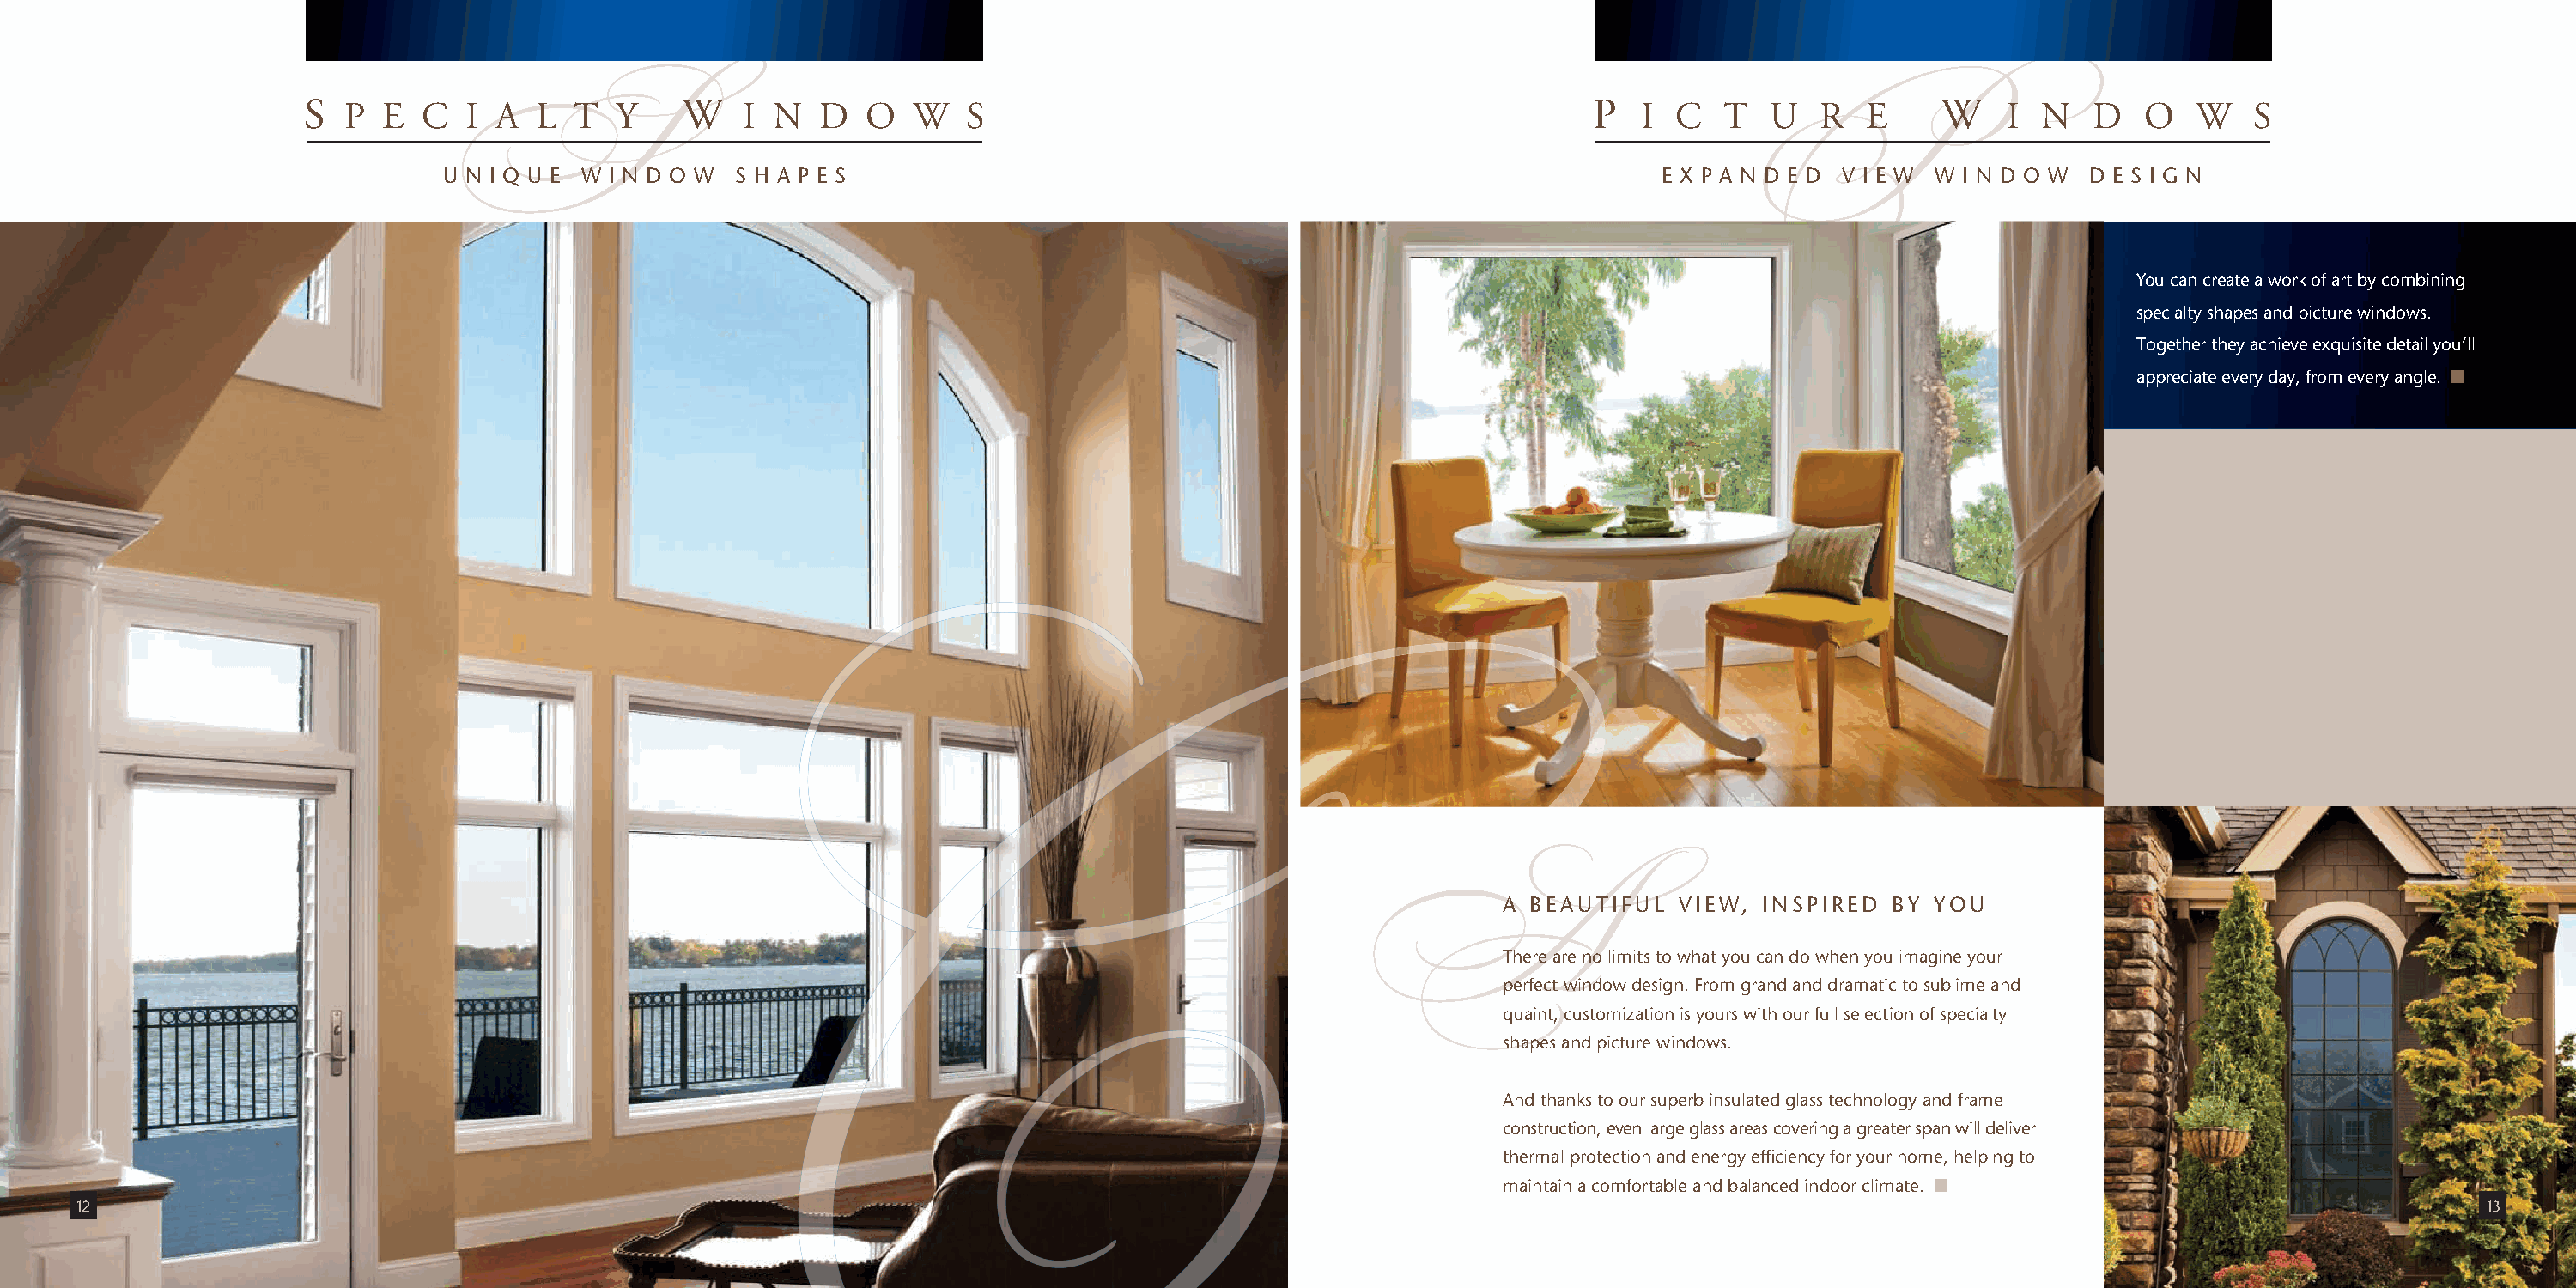
S   P E   C  I A  L  T  Y     W   I  N  D   O  W    S                                               P   I C   T  U   R   E     W    I N   D   O   W    S
 U N I Q U E W I N D O W S H A P E S                                                           E X P A N D E D V I E W W I N D O W D E S I G N
 S
 P
 You can create a work of art by combining
 specialty shapes and picture windows.
 Together they achieve exquisite detail you’ll
 appreciate every day, from every angle.
 A BEAUTIFUL  VIEW,  INSPIRED  BY YOU
 There are no limits to what you can do when you imagine your
 Aperfect        window design. From grand and dramatic to sublime and
 quaint, customization is yours with our full selection of specialty
 shapes and picture windows.
 And thanks to our superb insulated glass technology and frame
 construction, even large glass areas covering a greater span will deliver
 thermal protection and energy efficiency for your home, helping to
 maintain a comfortable and balanced indoor climate.
 12                                                                                                                                                                                        1133